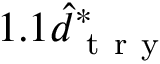
1 . 1 \hat { d } _ { \mathrm { ~ t ~ r ~ y ~ } } ^ { * }